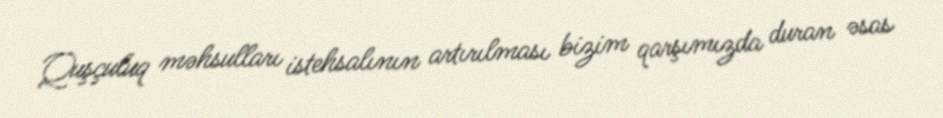
Quşçuluq məhsulları istehsalının artırılması bizim qarşımızda duran əsas